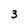
Character: 3